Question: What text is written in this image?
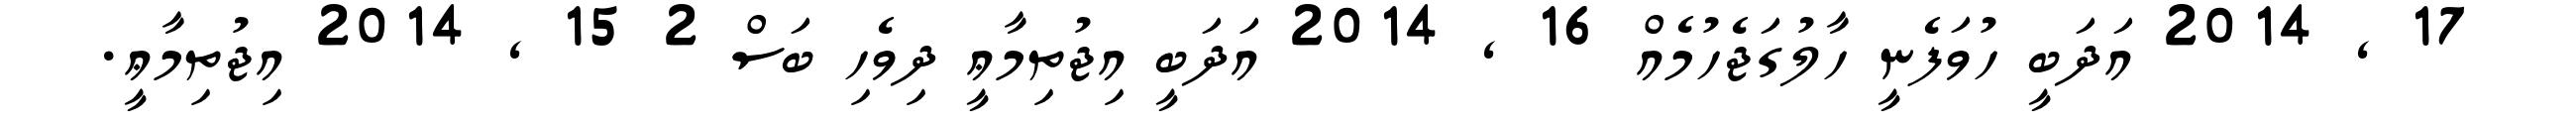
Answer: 17 , 2014 އަދަބީ ހުވަފެނީ ހާލުގަޖެހުމެއް 16 , 2014 އަދަބީ އިޖުތިމާޢީ ދިވެހި ބަސް 2 15 , 2014 އިޖުތިމާޢީ.